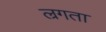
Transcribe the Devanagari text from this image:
ल्रगता